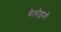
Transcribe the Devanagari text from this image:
वेलोड्रमों